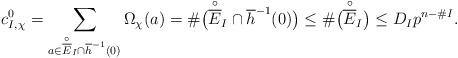
LaTeX: \begin{align*}c_{I,\chi_{}}^0=\sum_{a\in \overset{\circ}{\overline{E}}_{I}\cap\overline{h}^{-1}(0)}\Omega_{\chi_{}}(a)=\#\big(\overset{\circ}{\overline{E}}_{I}\cap\overline{h}^{-1}(0)\big)\leq\#\big(\overset{\circ}{\overline{E}}_{I}\big) \leq D_{I}p^{n-\#I}.\end{align*}